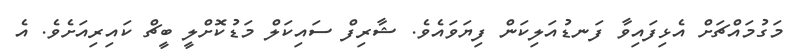
މަގުމައްޗަށް އެޅިފައިވާ ފަނޑުއަލިކަން ފިޔަވައެވެ. ޝާރިފް ސައިކަލް މަޑުކޮށްލީ ބީޗް ކައިރިއަށެވެ. އެ